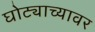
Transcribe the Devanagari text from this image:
घोट्याच्यावर